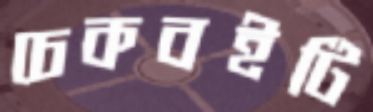
চেকবইটি